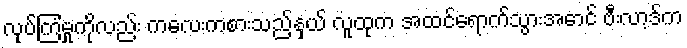
လုပ်ကြံမှုကိုလည်း ကလေးကစားသည့်နှယ် လူထုက အထင်ရောက်သွားအောင် ဗီးလာ့ဒ်က